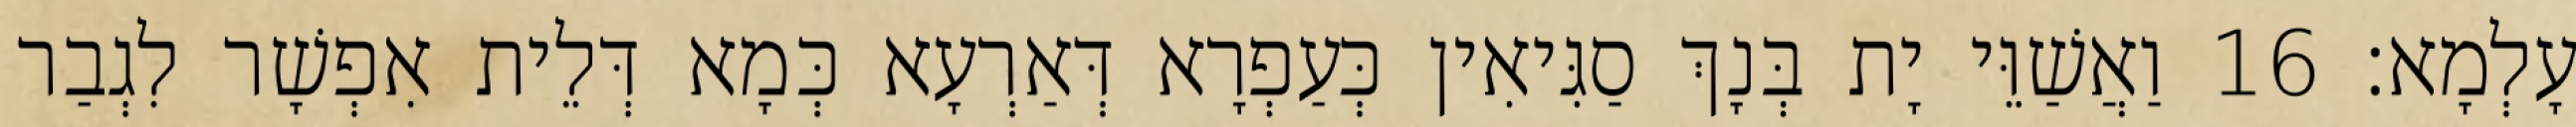
עָלְמָא׃ 16 וַאֲשַׁוֵּי יָת בְּנָךְ סַגִּיאִין כְּעַפְרָא דְּאַרְעָא כְּמָא דְּלֵית אִפְשָׁר לִגְבַר